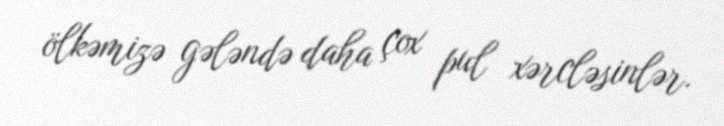
ölkəmizə gələndə daha çox pul xərcləsinlər.